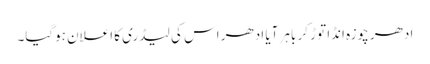
ادھر چوزہ انڈا توڑ کر باہر آیا ادھر اس کی لیڈری کا اعلان ہوگیا۔